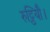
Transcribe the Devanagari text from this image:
रुट्ठियौ।